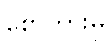
စော်ကားမှု